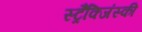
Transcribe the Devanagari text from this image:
स्ट्रैक्जिंस्की